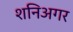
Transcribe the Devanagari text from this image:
शनिअगर